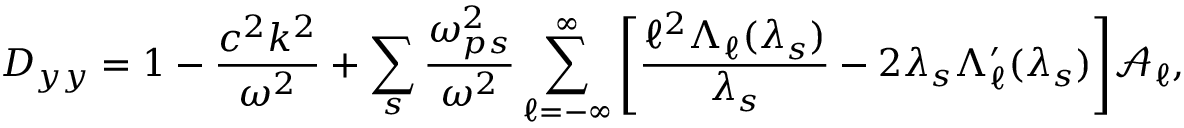
D _ { y y } = 1 - \frac { c ^ { 2 } k ^ { 2 } } { \omega ^ { 2 } } + \sum _ { s } \frac { \omega _ { p s } ^ { 2 } } { \omega ^ { 2 } } \sum _ { \ell = - \infty } ^ { \infty } \Bigg [ \frac { \ell ^ { 2 } \Lambda _ { \ell } ( \lambda _ { s } ) } { \lambda _ { s } } - 2 \lambda _ { s } \Lambda _ { \ell } ^ { \prime } ( \lambda _ { s } ) \Bigg ] \mathcal { A } _ { \ell } ,